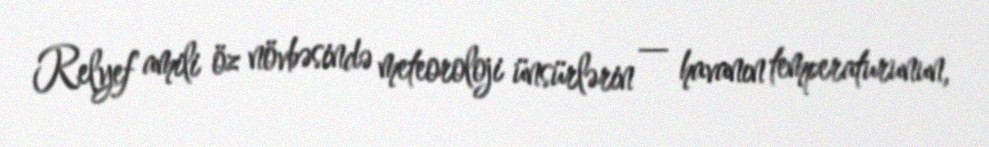
Relyef amili öz növbəsində meteoroloji ünsürlərin — havanın temperaturunun,